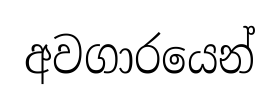
අවගාරයෙන්